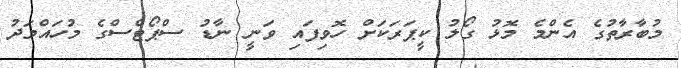
މުބާރާތުގެ އެންމެ މޮޅު ގޯލު ކީޕަރަކަށް ހޮވިފައި ވަނީ ނާޑު ސްޕޯޓްސްގެ މުހައްމަދު